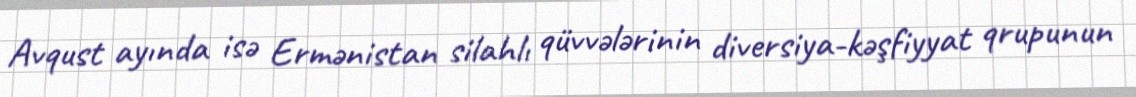
Avqust ayında isə Ermənistan silahlı qüvvələrinin diversiya-kəşfiyyat qrupunun